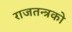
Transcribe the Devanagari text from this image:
राजतन्त्रको